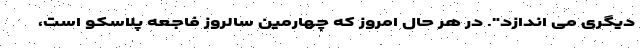
دیگری می اندازد". در هر حال امروز که چهارمین سالروز فاجعه پلاسکو است،